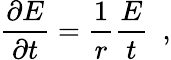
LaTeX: \frac{\partial E}{\partial t}=\frac{1}{r}\frac{E}{t}\, \, \, ,